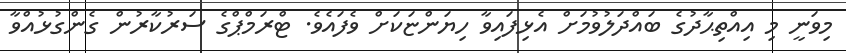
މިވަނީ މި އިއްތިޙާދުގެ ބައްދަލުވުމަށް އެޅިފައިވާ ހިޔަންޏަކަށް ވެފައެވެ. ޓްރަމްޕްގެ ސަރުކާރުން ގެންގުޅުއްވާ